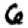
Digit: 6